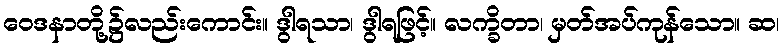
ဝေဒနာတို့၌လည်းကောင်း။ ဒွါရသာ၊ ဒွါရဖြင့်။ လက္ခိတာ၊ မှတ်အပ်ကုန်သော။ ဆ၊